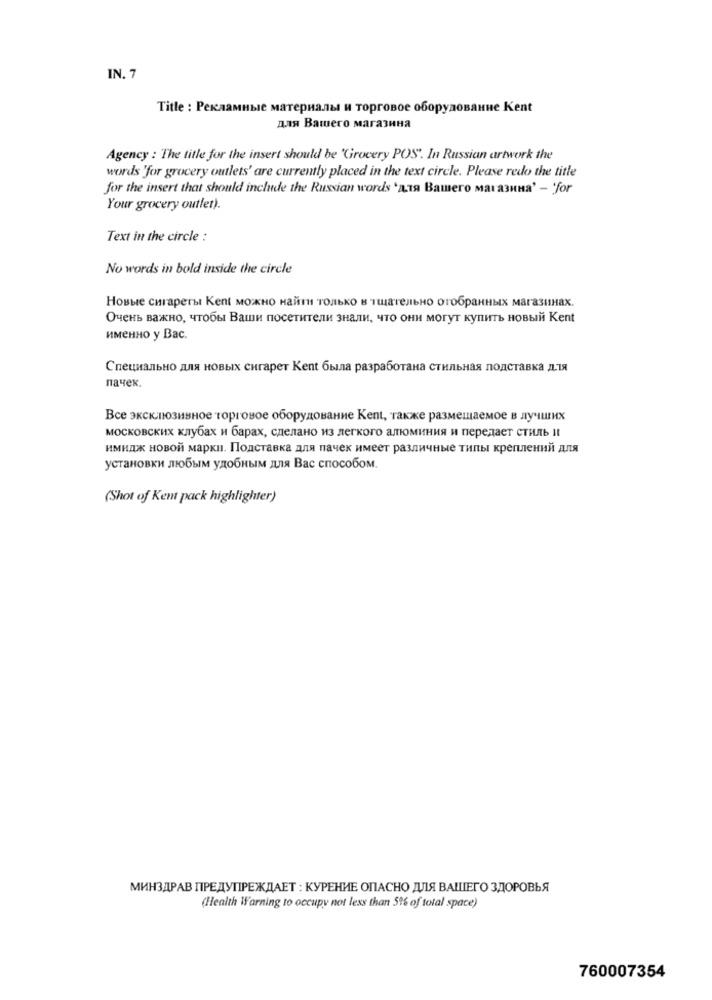
IN. 7
Title : Рекламные материалы и торговое оборудование Kent
для Вашего магазина
Agency : The title for the insert should be 'Grocery POS". In Russian artwork the
words 'for grocery outlets' are currently placed in the text circle. Please redo the title
for the insert that should include the Russian words 'ata Bamero Mara3HHa' - 'for
Your grocery outlet).
Text in the circle :
No words in bold inside the circle
Новые сигареты Kent можно найти только в тщательно отобранных магазинах.
Очень важно, чтобы Ваши посетители знали, что они могут купить новый Kent
именно у Вас.
Специально для новых сигарет Kent была разработана стильная подставка для
пачек.
Все эксклюзивное торговое оборудование Kent, также размещаемое в лучших
московских клубах и барах, сделано из легкого алюминия и передает стиль и
имидж новой марки. Подставка для пачек имеет различные типы креплений для
установки любым удобным для Вас способом.
(Shot of Kent pack highlighter)
МИНЗДРАВ ПРЕДУПРЕЖДАЕТ : КУРЕНИЕ ОПАСНО ДЛЯ ВАШЕГО ЗДОРОВЬЯ
(Health Warning to occupy not less than 5% of total space)
760007354